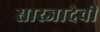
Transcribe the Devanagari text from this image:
सारजादेवी